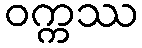
ဝက္ကဿ